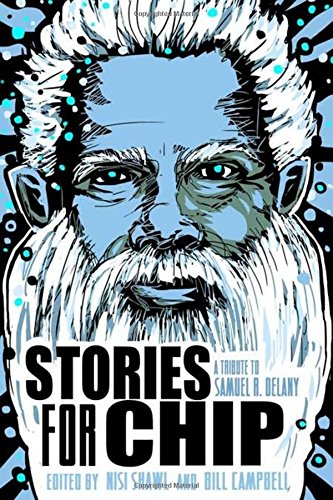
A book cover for Stories for Chip: A Tribute to Samuel R. Delany; Science Fiction & Fantasy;